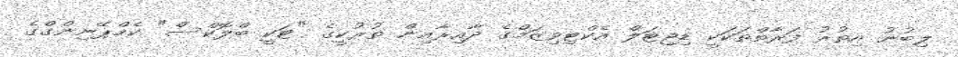
ލިބުނު އިތުރު ފަރާތްތަކަކީ ޑިޖިޓަލް އެކްޓިވިޒަމްގެ ދާއިރާއިން ތުރުކީގެ "ޓަކީ ބްލޮކްސް" ކެމްޕޭނިންގްގެ